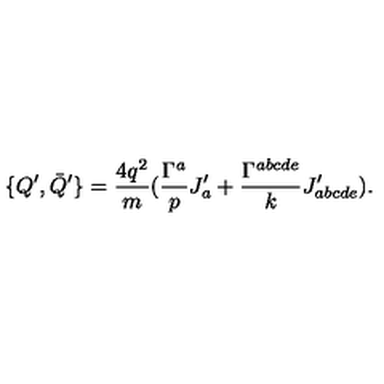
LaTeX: \{ Q ^ { \prime } , \bar { Q } ^ { \prime } \} = \frac { 4 q ^ { 2 } } { m } ( \frac { \Gamma ^ { a } } { p } J _ { a } ^ { \prime } + \frac { \Gamma ^ { a b c d e } } { k } J _ { a b c d e } ^ { \prime } ) .